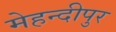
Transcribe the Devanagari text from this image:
मेहन्दीपुर